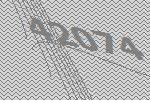
42074